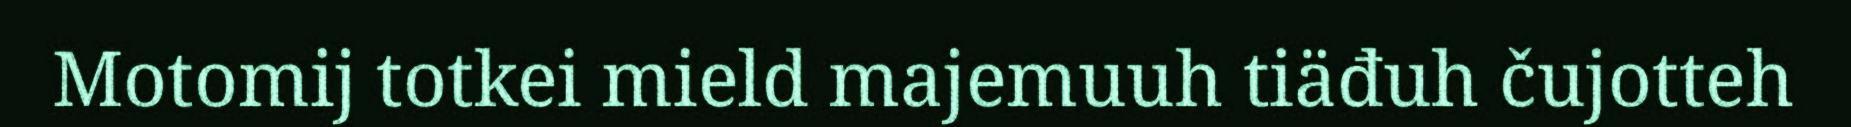
Motomij totkei mield majemuuh tiäđuh čujotteh